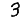
Digit: 3